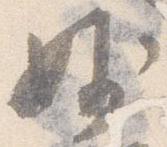
妙